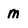
Character: m